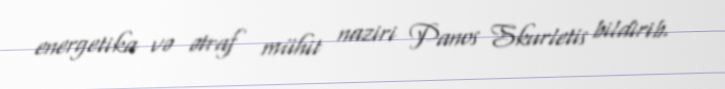
energetika və ətraf mühit naziri Panos Skurletis bildirib.